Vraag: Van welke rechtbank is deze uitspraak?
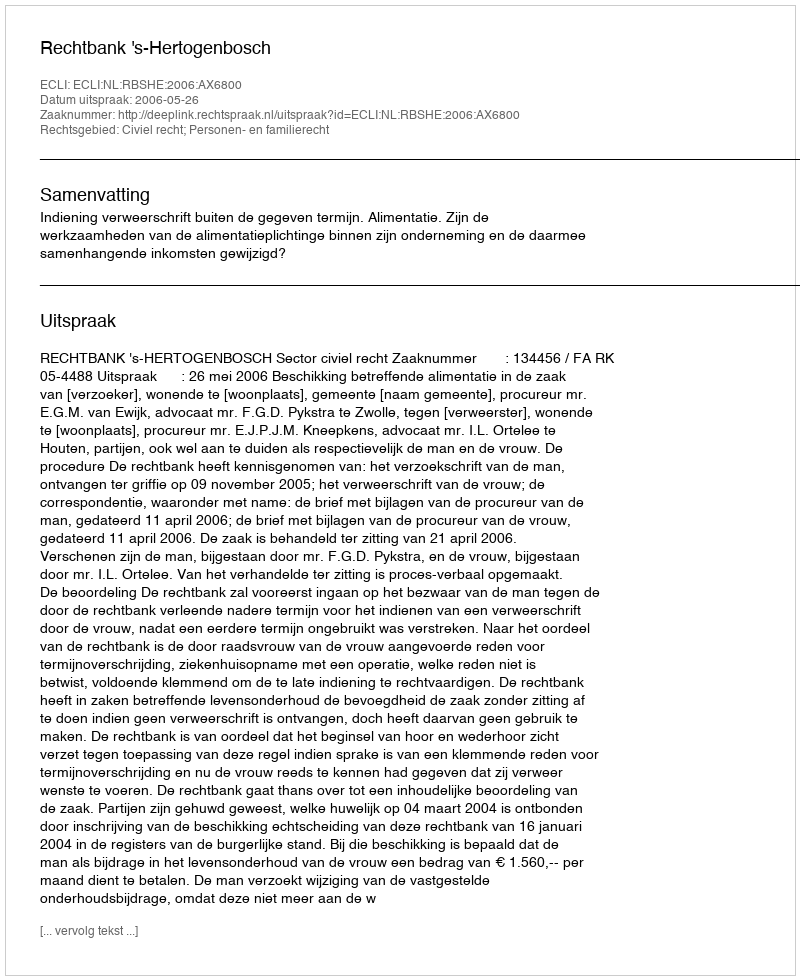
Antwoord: Rechtbank 's-Hertogenbosch